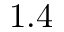
1 . 4